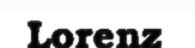
Lorenz